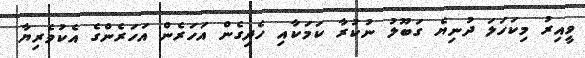
ވީއިރު މިކަހަލަ ދުނިޔެ ގަބޫލު ނުކުރާ ކަމަކާއި ހެދިގެން އަހަރެން އަހަރެންގެ އެކުވެރިޔާ